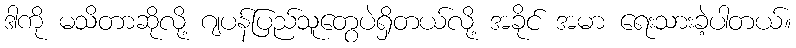
ဒါကို မသိတာဆိုလို့ ဂျပန်ပြည်သူတွေပဲရှိတယ်လို့ အခိုင် အမာ ရေးသားခဲ့ပါတယ်။